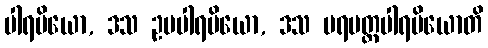
ပါရမိယော, ဒသ ဥပပါရမိယော, ဒသ ပရမတ္ထပါရမိယောတိ